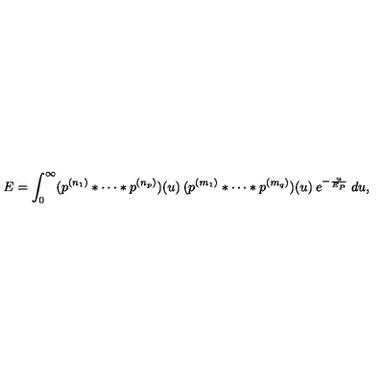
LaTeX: E = \int _ { 0 } ^ { \infty } ( p ^ { ( n _ { 1 } ) } * \cdots * p ^ { ( n _ { p } ) } ) ( u ) \: ( p ^ { ( m _ { 1 } ) } * \cdots * p ^ { ( m _ { q } ) } ) ( u ) \: e ^ { - \frac { u } { E _ { P } } } \: d u ,